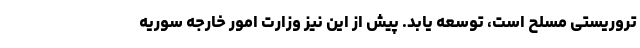
تروریستی مسلح است، توسعه یابد. پیش از این نیز وزارت امور خارجه سوریه